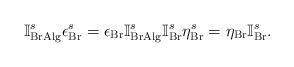
LaTeX: \begin{align*}\mathbb{I}_{\mathrm{BrAlg}}^{s}\epsilon _{\mathrm{Br}}^{s}=\epsilon _{\mathrm{Br}}\mathbb{I}_{\mathrm{BrAlg}}^{s}\mathbb{I}_{\mathrm{Br}}^{s}\eta _{\mathrm{Br}}^{s}=\eta _{\mathrm{Br}}\mathbb{I}_{\mathrm{Br}}^{s}. \end{align*}